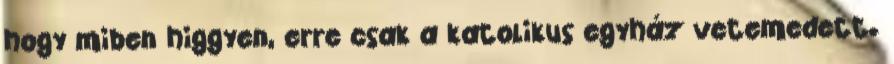
hogy miben higgyen, erre csak a katolikus egyház vetemedett.